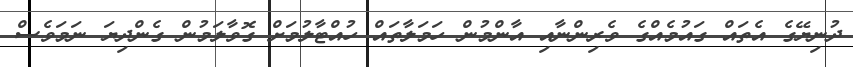
ދުނިޔޭގެ އެތައް ގައުމެއްގެ ވެރިންނާއި އާންމުން ހަމަލާތައް ހުއްޓާލުމަށް ގޮވާލަމުން ގެންދިޔަ ނަމަވެސް